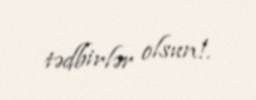
tədbirlər olsun!.